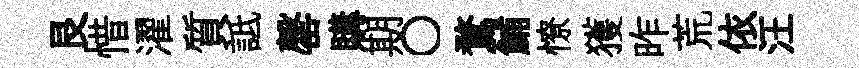
艮惜濯質詆罄購期〇鶩鯆憭獲昨荒依汪